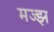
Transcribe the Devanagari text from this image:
मज्झ